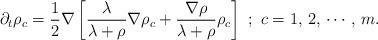
LaTeX: \begin{align*}\partial_{t}\rho_{c}=\frac{1}{2}\nabla\left[\frac{\lambda}{\lambda+\rho}\nabla\rho_{c}+\frac{\nabla\rho}{\lambda+\rho}\rho_{c}\right]\,\,;\,\,c=1,\,2,\,\cdots,\,m.\end{align*}